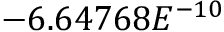
- 6 . 6 4 7 6 8 E ^ { - 1 0 }